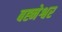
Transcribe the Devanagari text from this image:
बह्नेश्वर